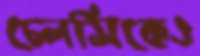
চেলসিকেও